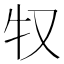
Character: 𰠦